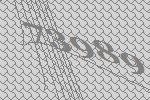
73989